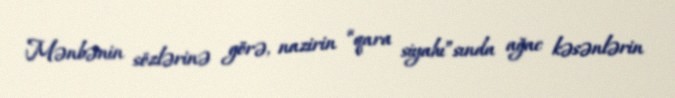
Mənbənin sözlərinə görə, nazirin “qara siyahı”sında ağac kəsənlərin